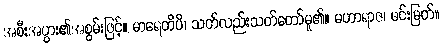
အစီးအပွား၏အစွမ်းဖြင့်။ မာရေတိပိ၊ သတ်လည်းသတ်တော်မူ၏။ မဟာရာဇ၊ မင်းမြတ်။